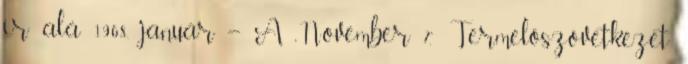
ír alá 1968. január – A „November 7.” Termelőszövetkezet